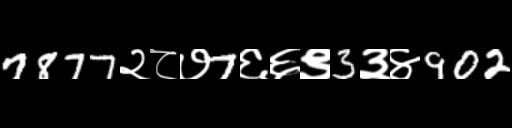
Text: 7877२८७7६६९3३४902